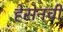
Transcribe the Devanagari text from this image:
हेसेनची